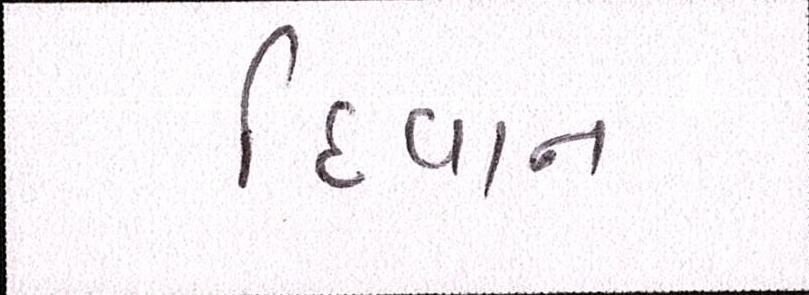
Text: દીવાન